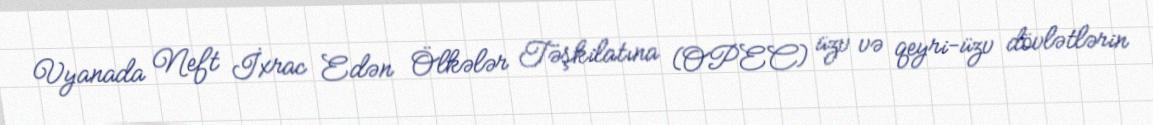
Vyanada Neft İxrac Edən Ölkələr Təşkilatına (OPEC) üzv və qeyri-üzv dövlətlərin